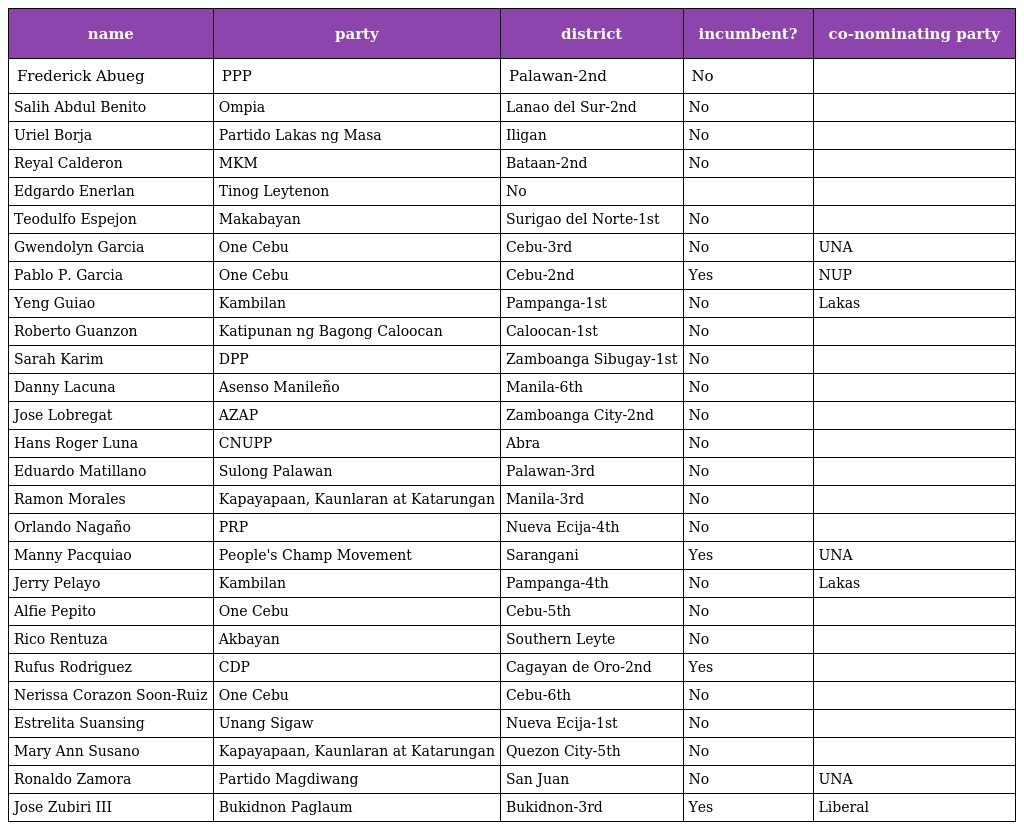
| name | party | district | incumbent? | co-nominating party |
 | --- | --- | --- | --- | --- |
 | Frederick Abueg | PPP | Palawan-2nd | No |  |
 | Salih Abdul Benito | Ompia | Lanao del Sur-2nd | No |  |
 | Uriel Borja | Partido Lakas ng Masa | Iligan | No |  |
 | Reyal Calderon | MKM | Bataan-2nd | No |  |
 | Edgardo Enerlan | Tinog Leytenon | No |  |  |
 | Teodulfo Espejon | Makabayan | Surigao del Norte-1st | No |  |
 | Gwendolyn Garcia | One Cebu | Cebu-3rd | No | UNA |
 | Pablo P. Garcia | One Cebu | Cebu-2nd | Yes | NUP |
 | Yeng Guiao | Kambilan | Pampanga-1st | No | Lakas |
 | Roberto Guanzon | Katipunan ng Bagong Caloocan | Caloocan-1st | No |  |
 | Sarah Karim | DPP | Zamboanga Sibugay-1st | No |  |
 | Danny Lacuna | Asenso Manileño | Manila-6th | No |  |
 | Jose Lobregat | AZAP | Zamboanga City-2nd | No |  |
 | Hans Roger Luna | CNUPP | Abra | No |  |
 | Eduardo Matillano | Sulong Palawan | Palawan-3rd | No |  |
 | Ramon Morales | Kapayapaan, Kaunlaran at Katarungan | Manila-3rd | No |  |
 | Orlando Nagaño | PRP | Nueva Ecija-4th | No |  |
 | Manny Pacquiao | People's Champ Movement | Sarangani | Yes | UNA |
 | Jerry Pelayo | Kambilan | Pampanga-4th | No | Lakas |
 | Alfie Pepito | One Cebu | Cebu-5th | No |  |
 | Rico Rentuza | Akbayan | Southern Leyte | No |  |
 | Rufus Rodriguez | CDP | Cagayan de Oro-2nd | Yes |  |
 | Nerissa Corazon Soon-Ruiz | One Cebu | Cebu-6th | No |  |
 | Estrelita Suansing | Unang Sigaw | Nueva Ecija-1st | No |  |
 | Mary Ann Susano | Kapayapaan, Kaunlaran at Katarungan | Quezon City-5th | No |  |
 | Ronaldo Zamora | Partido Magdiwang | San Juan | No | UNA |
 | Jose Zubiri III | Bukidnon Paglaum | Bukidnon-3rd | Yes | Liberal |